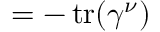
= - \operatorname { t r } ( \gamma ^ { \nu } )